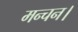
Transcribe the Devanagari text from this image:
मन्चन।